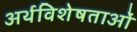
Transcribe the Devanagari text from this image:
अर्थविशेषताओं